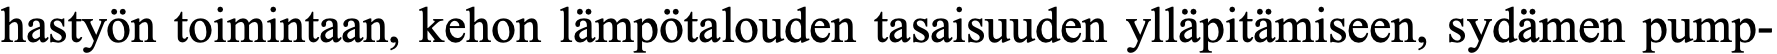
hastyön toimintaan, kehon lämpötalouden tasaisuuden ylläpitämiseen, sydämen pump-